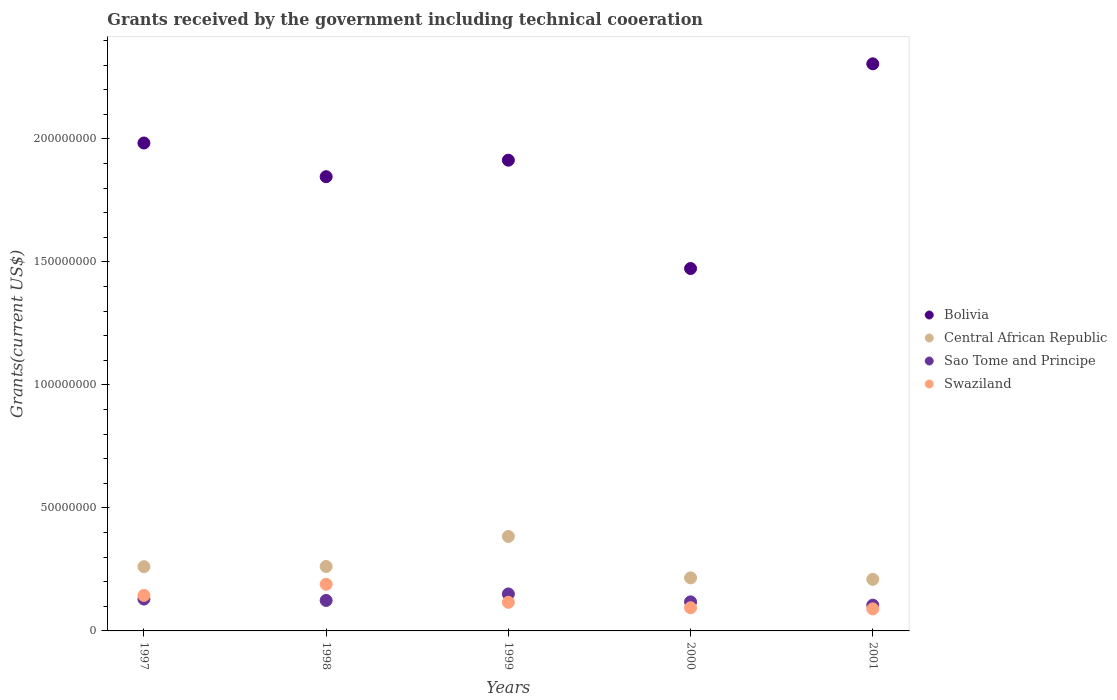
| Years | Bolivia | Central African Republic | Sao Tome and Principe | Swaziland |
 | --- | --- | --- | --- | --- |
 | 1997 | 1.98e+08 | 2.61e+07 | 1.3e+07 | 1.44e+07 |
 | 1998 | 1.85e+08 | 2.62e+07 | 1.24e+07 | 1.9e+07 |
 | 1999 | 1.91e+08 | 3.84e+07 | 1.5e+07 | 1.16e+07 |
 | 2000 | 1.47e+08 | 2.16e+07 | 1.18e+07 | 9.42e+06 |
 | 2001 | 2.31e+08 | 2.1e+07 | 1.05e+07 | 8.96e+06 |